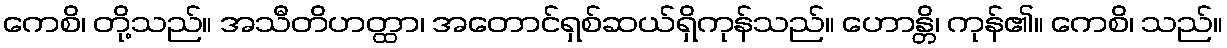
ကေစိ၊ တို့သည်။ အသီတိဟတ္ထာ၊ အတောင်ရှစ်ဆယ်ရှိကုန်သည်။ ဟောန္တိ၊ ကုန်၏။ ကေစိ၊ သည်။